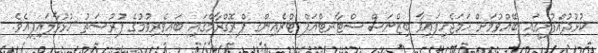
ކުޅުދުއްފުށީގައި ބޭއްވުމަށް ހަމަޖެހިފައިވާ ބިޒްނަސް ސްޓާރޓްއަޕް ޓްރެއިންގ ޕްރޮގްރާމްގައި ބައިވެރިވުމުގެ ފުރުސަތު ހުޅުވާލައިފިއެވެ.